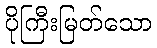
ပိုကြီးမြတ်သော